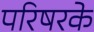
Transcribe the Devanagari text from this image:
परिषरके